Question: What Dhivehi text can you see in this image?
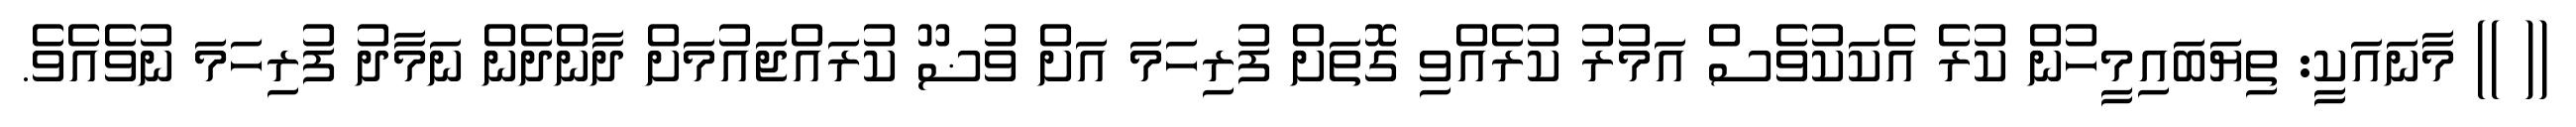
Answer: (( )) މާނައަކީ: ތިޔަބައިމީހުން ކުރެ އެކަކުވެސް އަމުރު ކުރެއްވި ގޮތަށް ފުރިހަމަ އަށް ވުޟޫ ކުރައްޖައުމަށް ދާންދެން ނަމާދު ފުރިހަމަ ނުވެއެވެ.